Annual report on the Civil Veterinary Department, Burma (including the Insein Veterinary School) - 1932-1941
Year: 1932
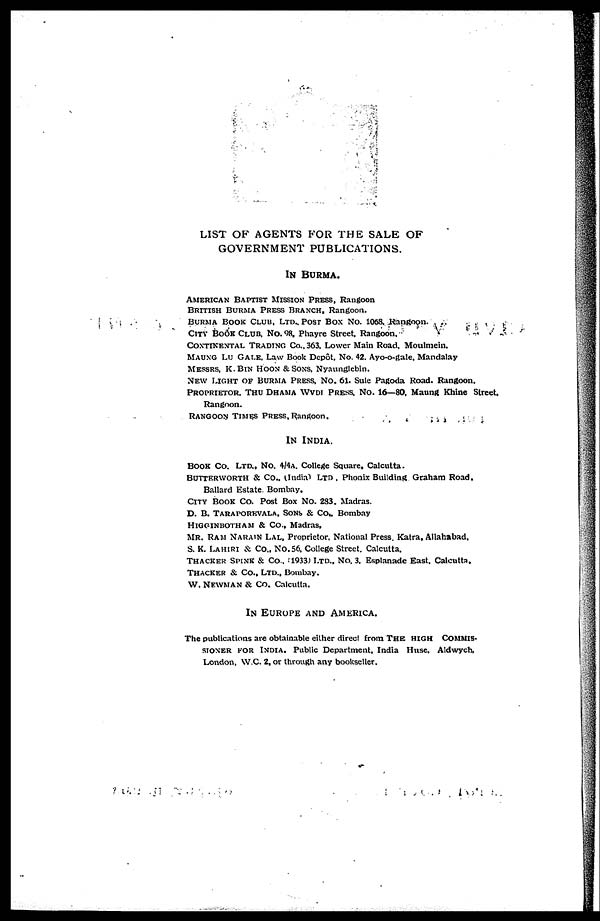
LIST OF AGENTS FOR THE SALE OF
GOVERNMENT PUBLICATIONS.
In Burma.
American Baptist Mission Press, Rangoon
British Burma Press Branch, Rangoon.
Burma Book Club. ltd. Post Box No. 1068. Rangoon.
City Book Club. No. 98, Phayre Street. Rangoon.
Continental TRADING Co., 363. Lower Main Road, Moulmein.
Maung Lu Gale. Law Book Depot. No. 42. Ayo-o-gale, Mandalay
Messrs. K. Bin Hoon & Sons. Nynunglebin.
New Light of Burma Press, No. 61. Sule Pagoda Road. Rangoon.
Proprietor. Thu Dhama Wvdi Press. No. 16—80. Maung Khine Street.
Rangoon.
Rangoon Times Press, Rangoon.
In India.
BOOK Co. Ltd., No. 4/4a. College Square. Calcutta.
Butterworth & Co., (India) Ltd . Phonix Building Graham Road.
Ballard Estate Bombay.
CITY Book Co. Post Box No. 233. Madras.
D. B. Taraporevala. Sons & Co.. Bombay
Higginbotham & Co., Madras.
Mr. Ram Narain Lal, Proprietor. National Press. Katra, Allahabad.
S. K. Lahiri & Co., No.56. College Street. Calcutta.
Thacker Spink & Co., (1933) Ltd., No. 3. Esplanade East. Calcutta.
Thacker & Co., Ltd.. Bombay.
W. Newman & Co. Calcutta.
In Europe and America.
The publications are obtainable either direct from The high Commis-
sioner for India. Public Department. India Huse. Aldwych.
London. W.C. 2, or through any bookseller.